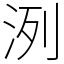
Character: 洌